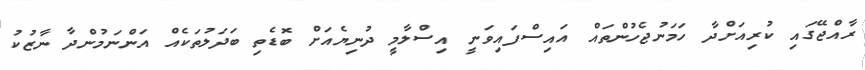
ރާއްޖޭގައި ކުރިއަށްދާ ހަމަނުޖެހުންތައް އައިސްފައިވަނީ އިސްލާމީ ދުނިޔެއަށް ބޮޑެތި ބަދަލުތަކެއް އަންނަމުންދާ ނާޒުކު